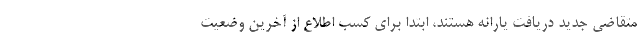
متقاضی جدید دریافت یارانه هستند، ابتدا برای کسب اطلاع از آخرین وضعیت